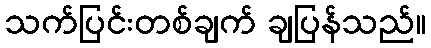
သက်ပြင်းတစ်ချက် ချပြန်သည်။